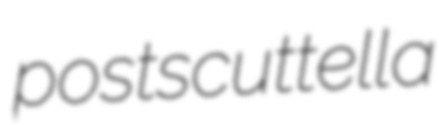
postscuttella